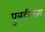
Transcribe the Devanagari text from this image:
पुत्रहीनता